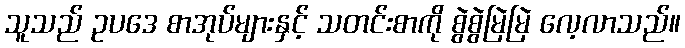
သူသည် ဥပဒေ စာအုပ်များနှင့် သတင်းစာကို စွဲစွဲမြဲမြဲ လေ့လာသည်။